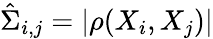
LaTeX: \hat{\Sigma}_{i,j}=|\rho(X_{i},X_{j})|